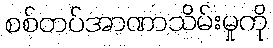
စစ်တပ်အာဏာသိမ်းမှုကို